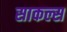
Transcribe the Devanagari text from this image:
साकल्स